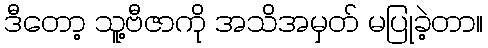
ဒီတော့ သူ့ဗီဇာကို အသိအမှတ် မပြုခဲ့တာ။